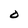
Character: O